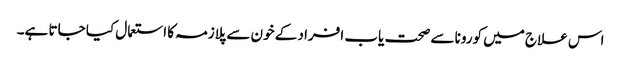
اس علاج میں کورونا سے صحت یاب افراد کے خون سے پلازمہ کا استعمال کیا جاتا ہے۔